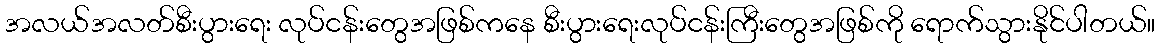
အလယ်အလတ်စီးပွားရေး လုပ်ငန်းတွေအဖြစ်ကနေ စီးပွားရေးလုပ်ငန်းကြီးတွေအဖြစ်ကို ရောက်သွားနိုင်ပါတယ်။